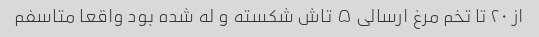
از ۲۰ تا تخم مرغ ارسالی ۵ تاش شکسته و له شده بود واقعا متاسفم